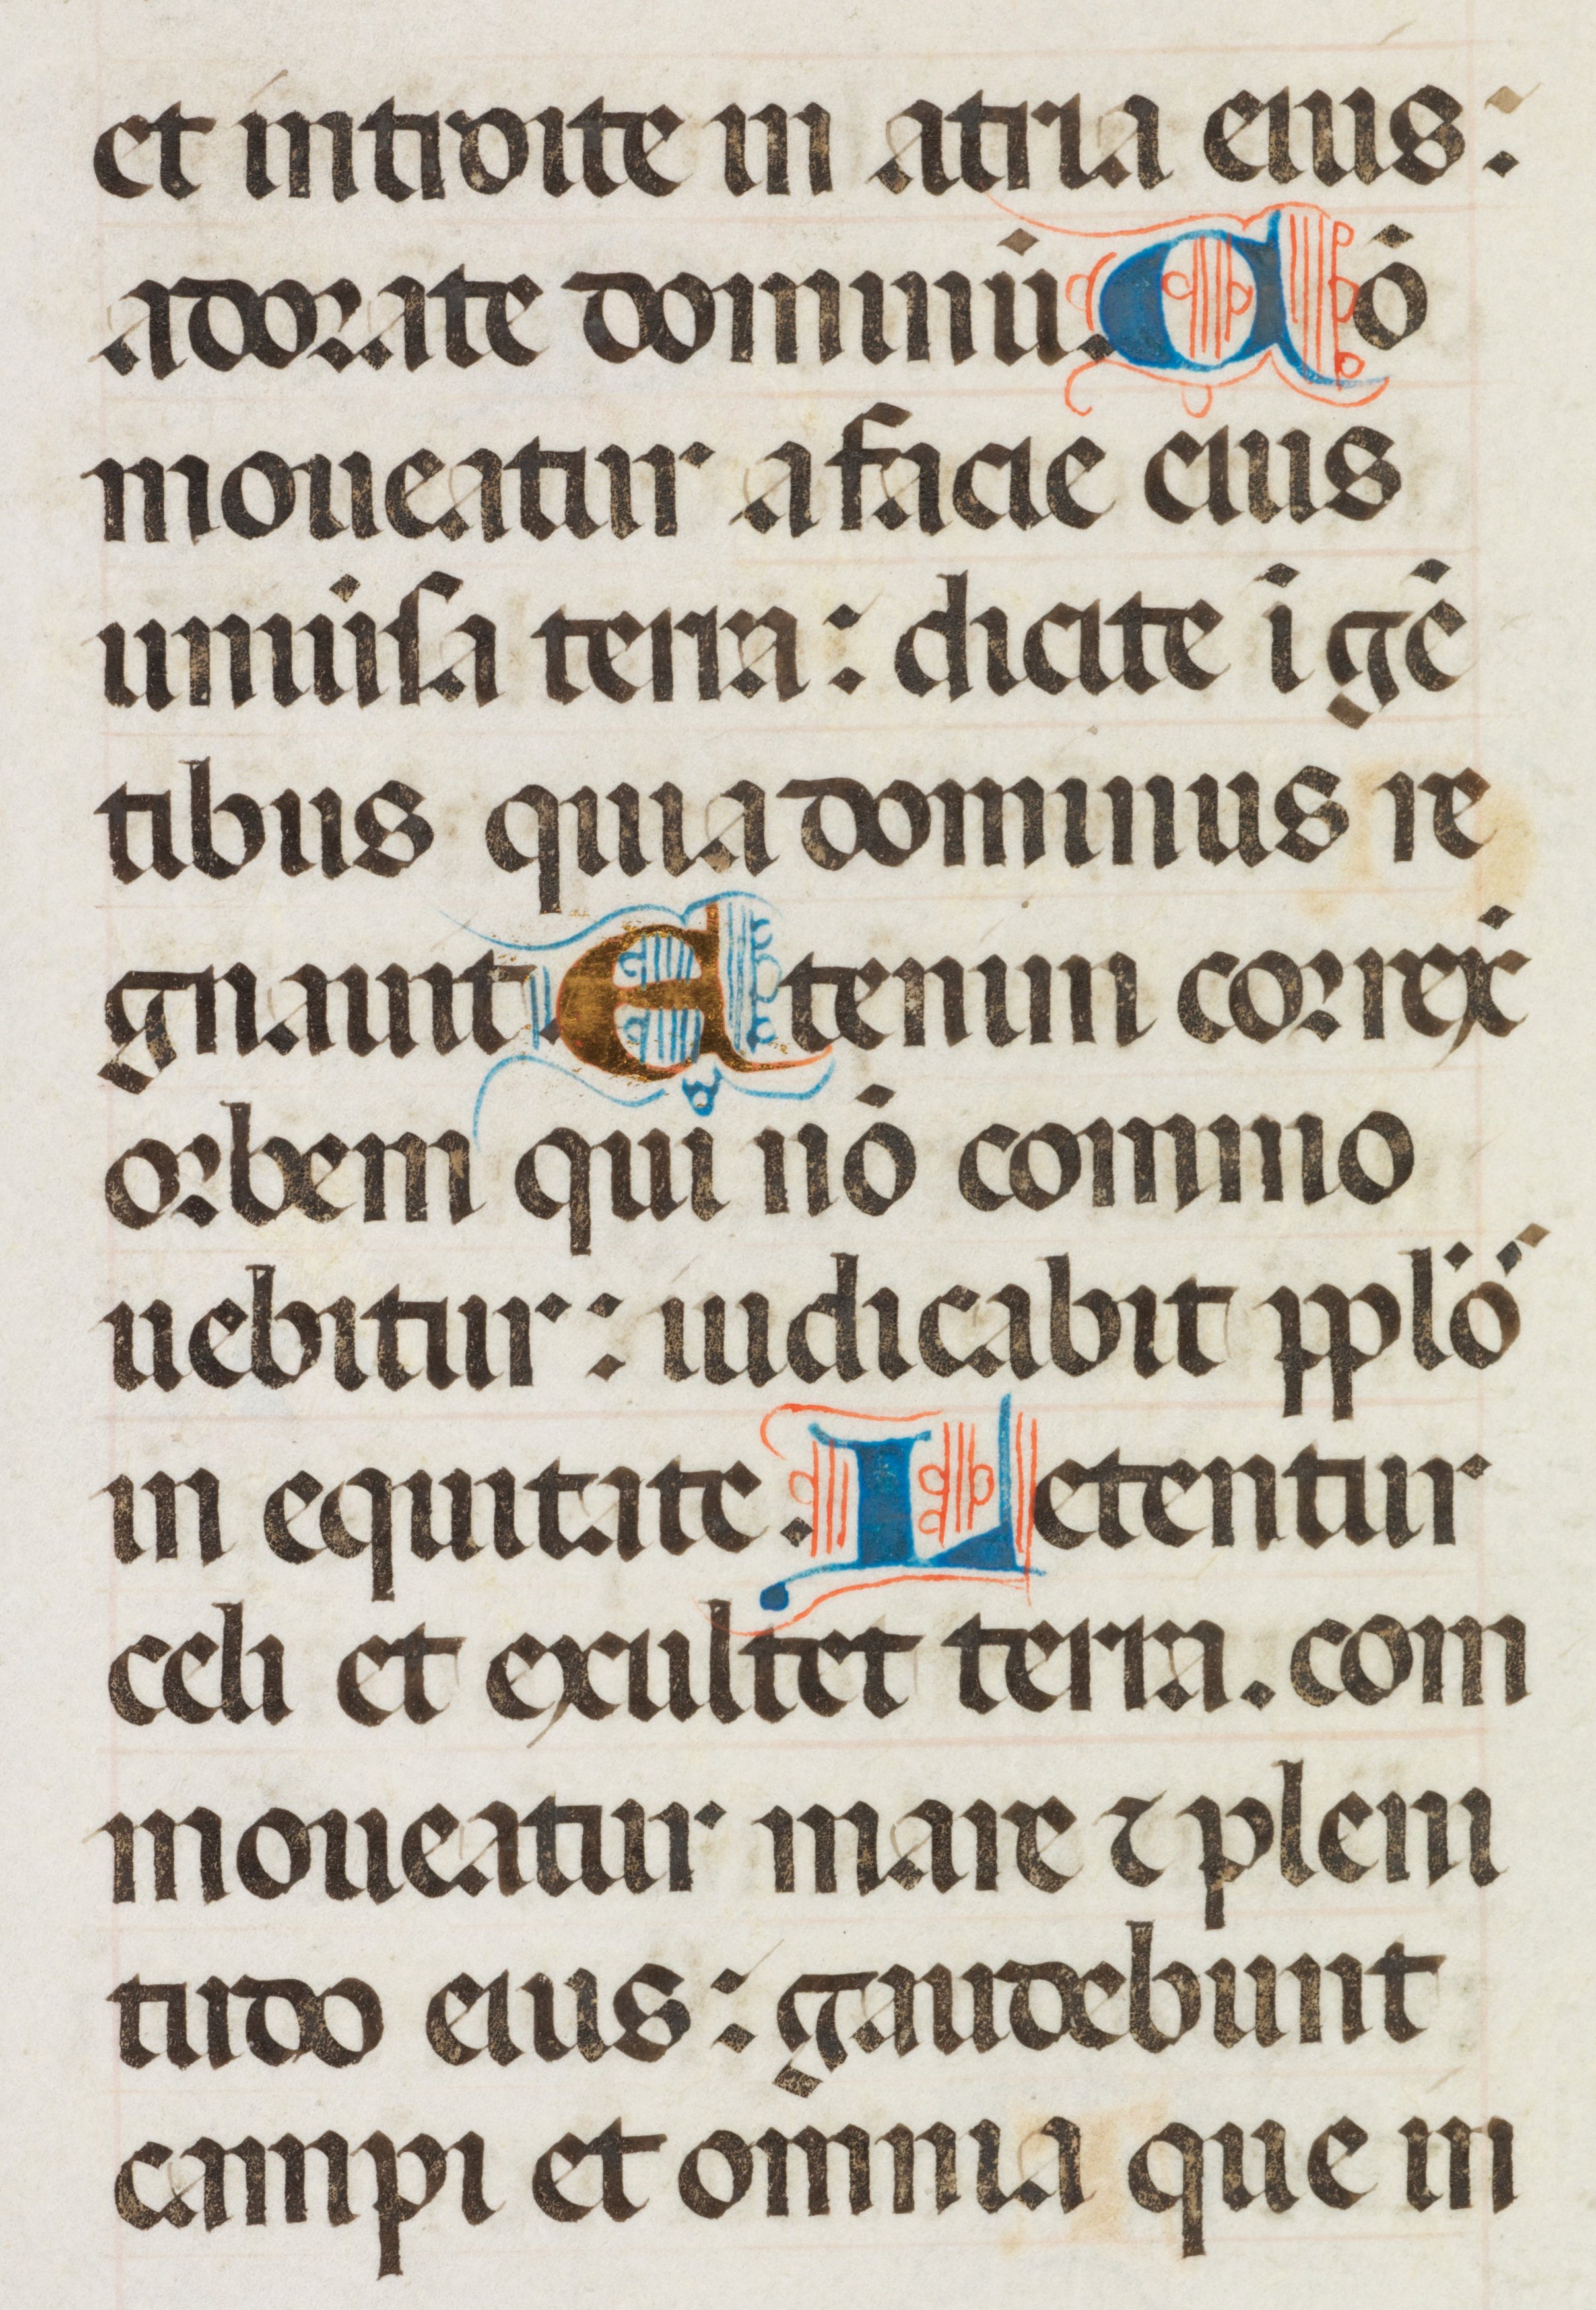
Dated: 1470–1475